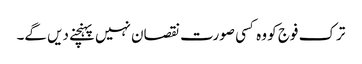
ترک فوج کو وہ کسی صورت نقصان نہیں پہنچنے دیں گے۔